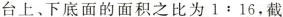
台上、下底面的面积之比为1:16，截